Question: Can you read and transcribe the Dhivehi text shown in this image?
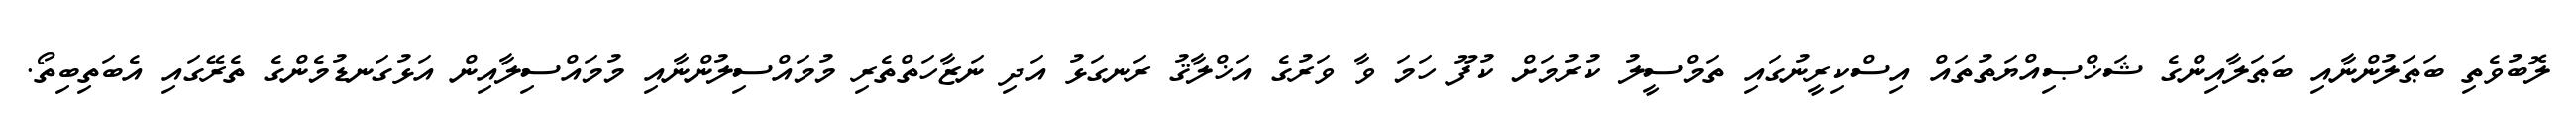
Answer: ލޮބުވެތި ބަޠަލުންނާއި ބަޠަލާއިންގެ ޝަޚްޞިއްޔަތުތައް އިސްކިރީނުގައި ތަމްސީލު ކުރުމަށް ކުފޫ ހަމަ ވާ ވަރުގެ އަޚްލާޤު ރަނގަޅު އަދި ނަޒާހަތްތެރި މުމައްސިލުންނާއި މުމައްސިލާއިން އަޅުގަނޑުމެންގެ ތެރޭގައި އެބަތިބިތޯ.